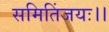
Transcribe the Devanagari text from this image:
समितिंजयः।।